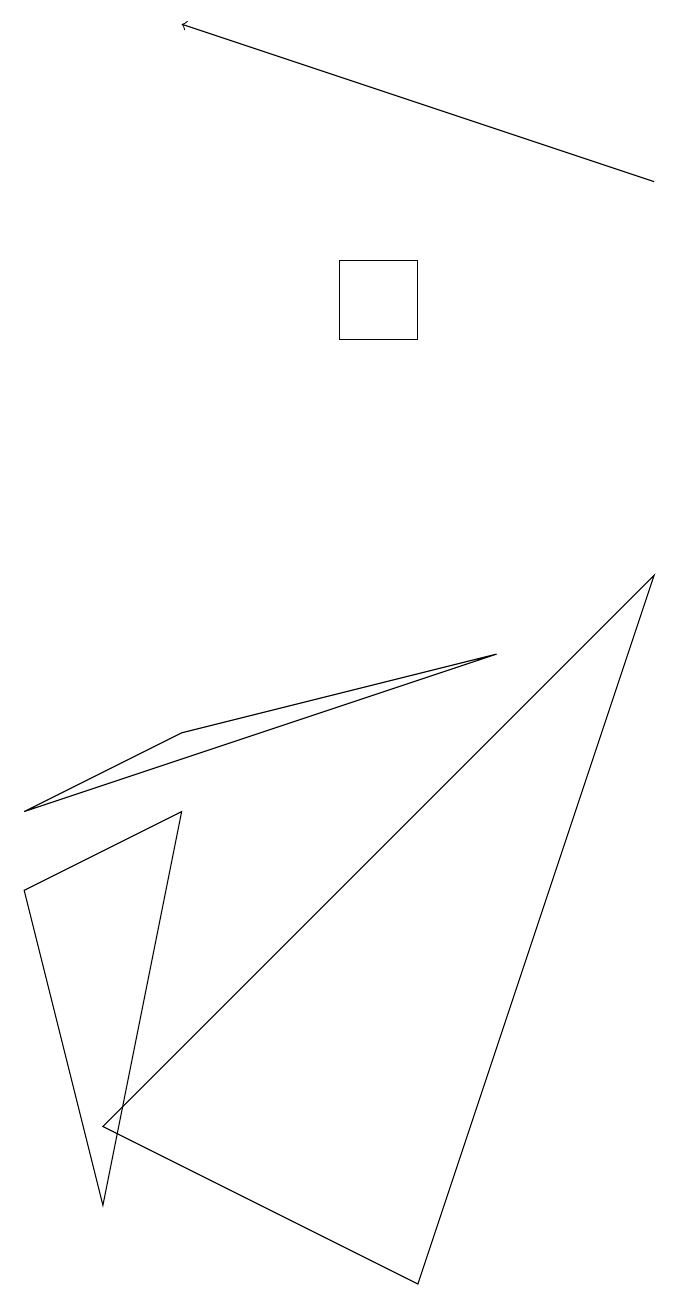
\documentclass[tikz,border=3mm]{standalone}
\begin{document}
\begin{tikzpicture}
\draw (1,2) -- (5,0) -- (8,9) -- cycle;
\draw (6,8) -- (2,7) -- (0,6) -- cycle;
\draw (4,13) rectangle (5,12);
\draw[->] (8,14) -- (2,16);
\draw (0,5) -- (1,1) -- (2,6) -- cycle;
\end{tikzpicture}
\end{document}